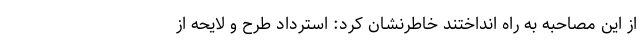
از این مصاحبه به راه انداختند خاطرنشان کرد: استرداد طرح و لایحه از